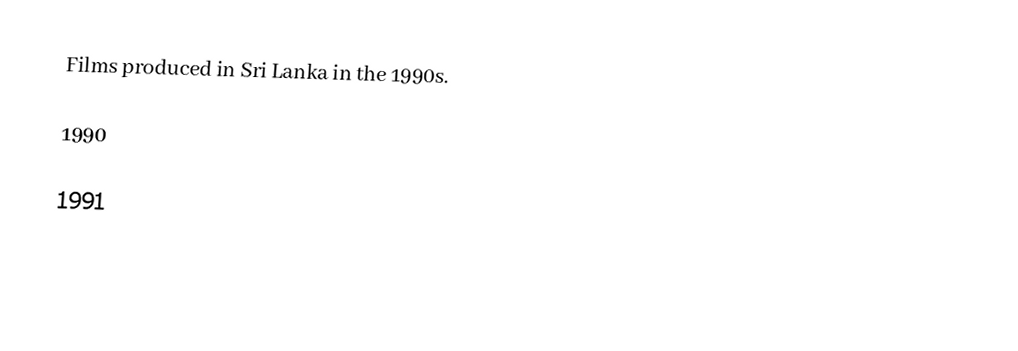
Films produced in Sri Lanka in the 1990s.

1990

1991